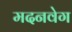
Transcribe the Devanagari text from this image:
मदनवेग